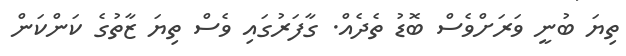
ތިޔަ ބުނީ ވަރަށްވެސް ބޮޑު ތެދެއް. ގާފަރުގައި ވެސް ތިޔަ ޒާތުގެ ކަންކަން